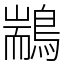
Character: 䳪